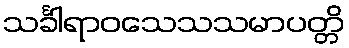
သင်္ခါရာဝသေသသမာပတ္တိ